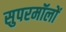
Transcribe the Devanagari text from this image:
सुपरमॉलों